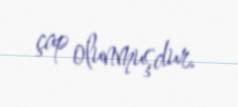
çap olunmuşdur.